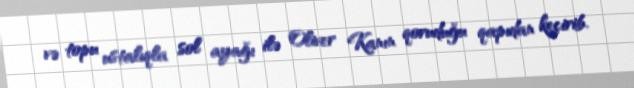
və topu ustalıqla sol ayağı ilə Oliver Kanın qoruduğu qapıdan keçirib.